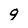
Character: 9